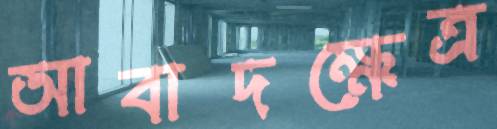
আবাদক্ষেত্র